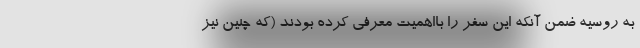
به روسیه ضمن آنکه این سفر را بااهمیت معرفی کرده بودند (که چنین نیز